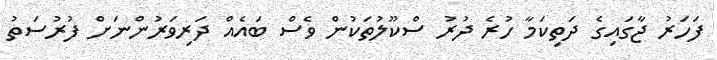
ފަހަރު ޖާގައިގެ ދަތިކަމާ ހުރެ ދުރު ސްކޫލުތަކުން ވެސް ބައެއް ދަރިވަރުންނަށް ފުރުސަތު